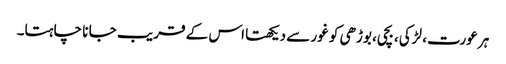
ہر عورت، لڑکی، بچی، بوڑھی کو غور سے دیکھتا اس کے قر یب جا نا چاہتا۔